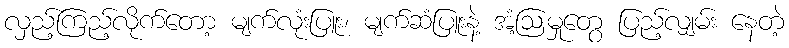
လှည့်ကြည့်လိုက်တော့ မျက်လုံးပြူး၊ မျက်ဆံပြူးနဲ့ အံ့ဩမှုတွေ ပြည့်လျှမ်း နေတဲ့